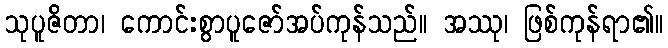
သုပူဇိတာ၊ ကောင်းစွာပူဇော်အပ်ကုန်သည်။ အဿု၊ ဖြစ်ကုန်ရာ၏။